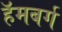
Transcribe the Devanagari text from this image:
हॅमबर्ग